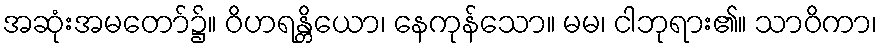
အဆုံးအမတော်၌။ ဝိဟရန္တိယော၊ နေကုန်သော။ မမ၊ ငါဘုရား၏။ သာဝိကာ၊